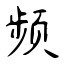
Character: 频